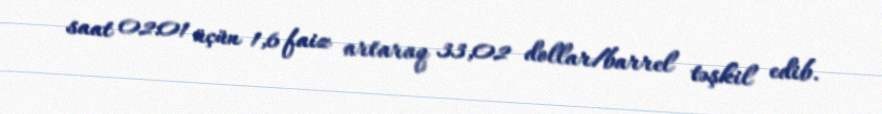
saat 02:01 üçün 1,6 faiz artaraq 33,02 dollar/barrel təşkil edib.